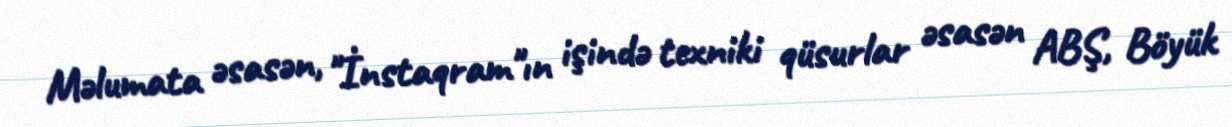
Məlumata əsasən, "İnstaqram"ın işində texniki qüsurlar əsasən ABŞ, Böyük